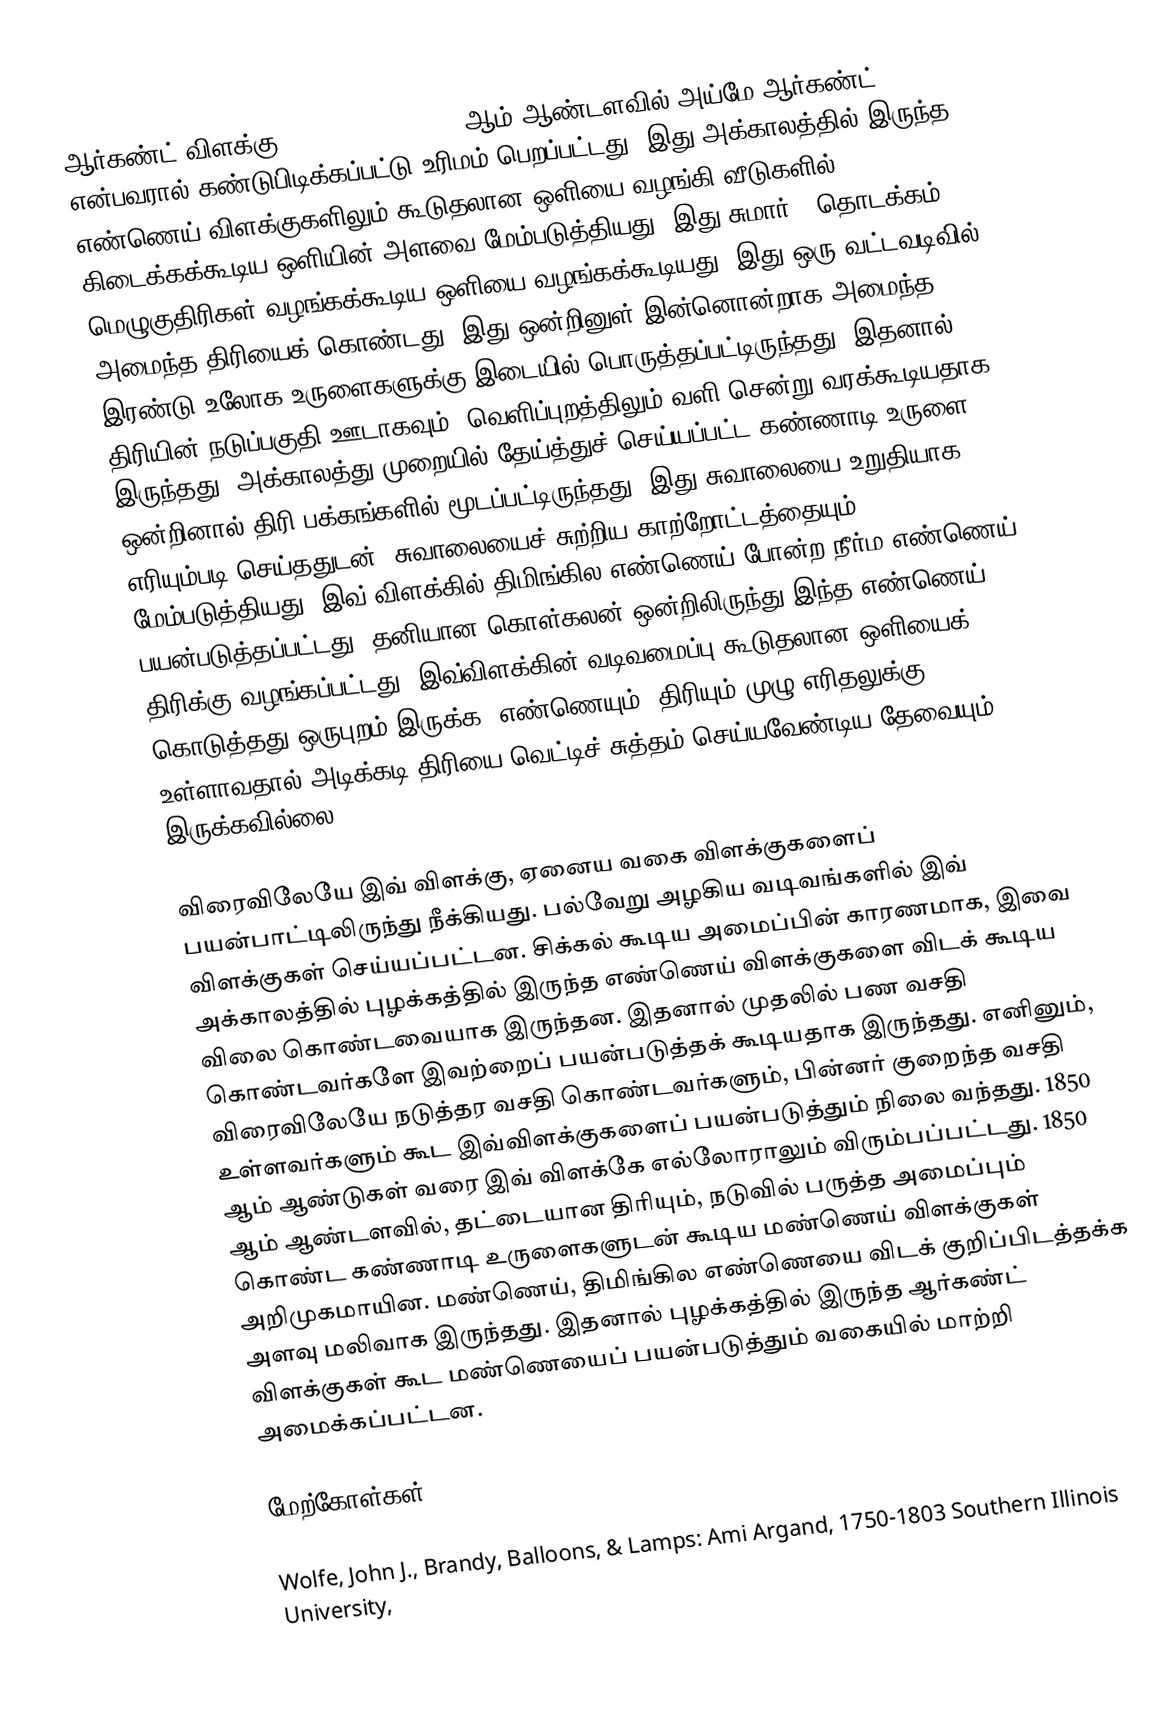
ஆர்கண்ட் விளக்கு (Argand lamp) 1780 ஆம் ஆண்டளவில் அய்மே ஆர்கண்ட் என்பவரால் கண்டுபிடிக்கப்பட்டு உரிமம் பெறப்பட்டது. இது அக்காலத்தில் இருந்த எண்ணெய் விளக்குகளிலும் கூடுதலான ஒளியை வழங்கி வீடுகளில் கிடைக்கக்கூடிய ஒளியின் அளவை மேம்படுத்தியது. இது சுமார் 6 தொடக்கம் 10 மெழுகுதிரிகள் வழங்கக்கூடிய ஒளியை வழங்கக்கூடியது. இது ஒரு வட்டவடிவில் அமைந்த திரியைக் கொண்டது. இது ஒன்றினுள் இன்னொன்றாக அமைந்த இரண்டு உலோக உருளைகளுக்கு இடையில் பொருத்தப்பட்டிருந்தது. இதனால், திரியின் நடுப்பகுதி ஊடாகவும், வெளிப்புறத்திலும் வளி சென்று வரக்கூடியதாக இருந்தது. அக்காலத்து முறையில் தேய்த்துச் செய்யப்பட்ட கண்ணாடி உருளை ஒன்றினால் திரி பக்கங்களில் மூடப்பட்டிருந்தது. இது சுவாலையை உறுதியாக எரியும்படி செய்ததுடன், சுவாலையைச் சுற்றிய காற்றோட்டத்தையும் மேம்படுத்தியது. இவ் விளக்கில் திமிங்கில எண்ணெய் போன்ற நீர்ம எண்ணெய் பயன்படுத்தப்பட்டது. தனியான கொள்கலன் ஒன்றிலிருந்து இந்த எண்ணெய் திரிக்கு வழங்கப்பட்டது. இவ்விளக்கின் வடிவமைப்பு கூடுதலான ஒளியைக் கொடுத்தது ஒருபுறம் இருக்க, எண்ணெயும், திரியும் முழு எரிதலுக்கு உள்ளாவதால் அடிக்கடி திரியை வெட்டிச் சுத்தம் செய்யவேண்டிய தேவையும் இருக்கவில்லை.

விரைவிலேயே இவ் விளக்கு, ஏனைய வகை விளக்குகளைப் பயன்பாட்டிலிருந்து நீக்கியது. பல்வேறு அழகிய வடிவங்களில் இவ் விளக்குகள் செய்யப்பட்டன. சிக்கல் கூடிய அமைப்பின் காரணமாக, இவை அக்காலத்தில் புழக்கத்தில் இருந்த எண்ணெய் விளக்குகளை விடக் கூடிய விலை கொண்டவையாக இருந்தன. இதனால் முதலில் பண வசதி கொண்டவர்களே இவற்றைப் பயன்படுத்தக் கூடியதாக இருந்தது. எனினும், விரைவிலேயே நடுத்தர வசதி கொண்டவர்களும், பின்னர் குறைந்த வசதி உள்ளவர்களும் கூட இவ்விளக்குகளைப் பயன்படுத்தும் நிலை வந்தது. 1850 ஆம் ஆண்டுகள் வரை இவ் விளக்கே எல்லோராலும் விரும்பப்பட்டது. 1850 ஆம் ஆண்டளவில், தட்டையான திரியும், நடுவில் பருத்த அமைப்பும் கொண்ட கண்ணாடி உருளைகளுடன் கூடிய மண்ணெய் விளக்குகள் அறிமுகமாயின. மண்ணெய், திமிங்கில எண்ணெயை விடக் குறிப்பிடத்தக்க அளவு மலிவாக இருந்தது. இதனால் புழக்கத்தில் இருந்த ஆர்கண்ட் விளக்குகள் கூட மண்ணெயைப் பயன்படுத்தும் வகையில் மாற்றி அமைக்கப்பட்டன.

மேற்கோள்கள்

 Wolfe, John J., Brandy, Balloons, & Lamps:  Ami Argand, 1750-1803 Southern Illinois University,